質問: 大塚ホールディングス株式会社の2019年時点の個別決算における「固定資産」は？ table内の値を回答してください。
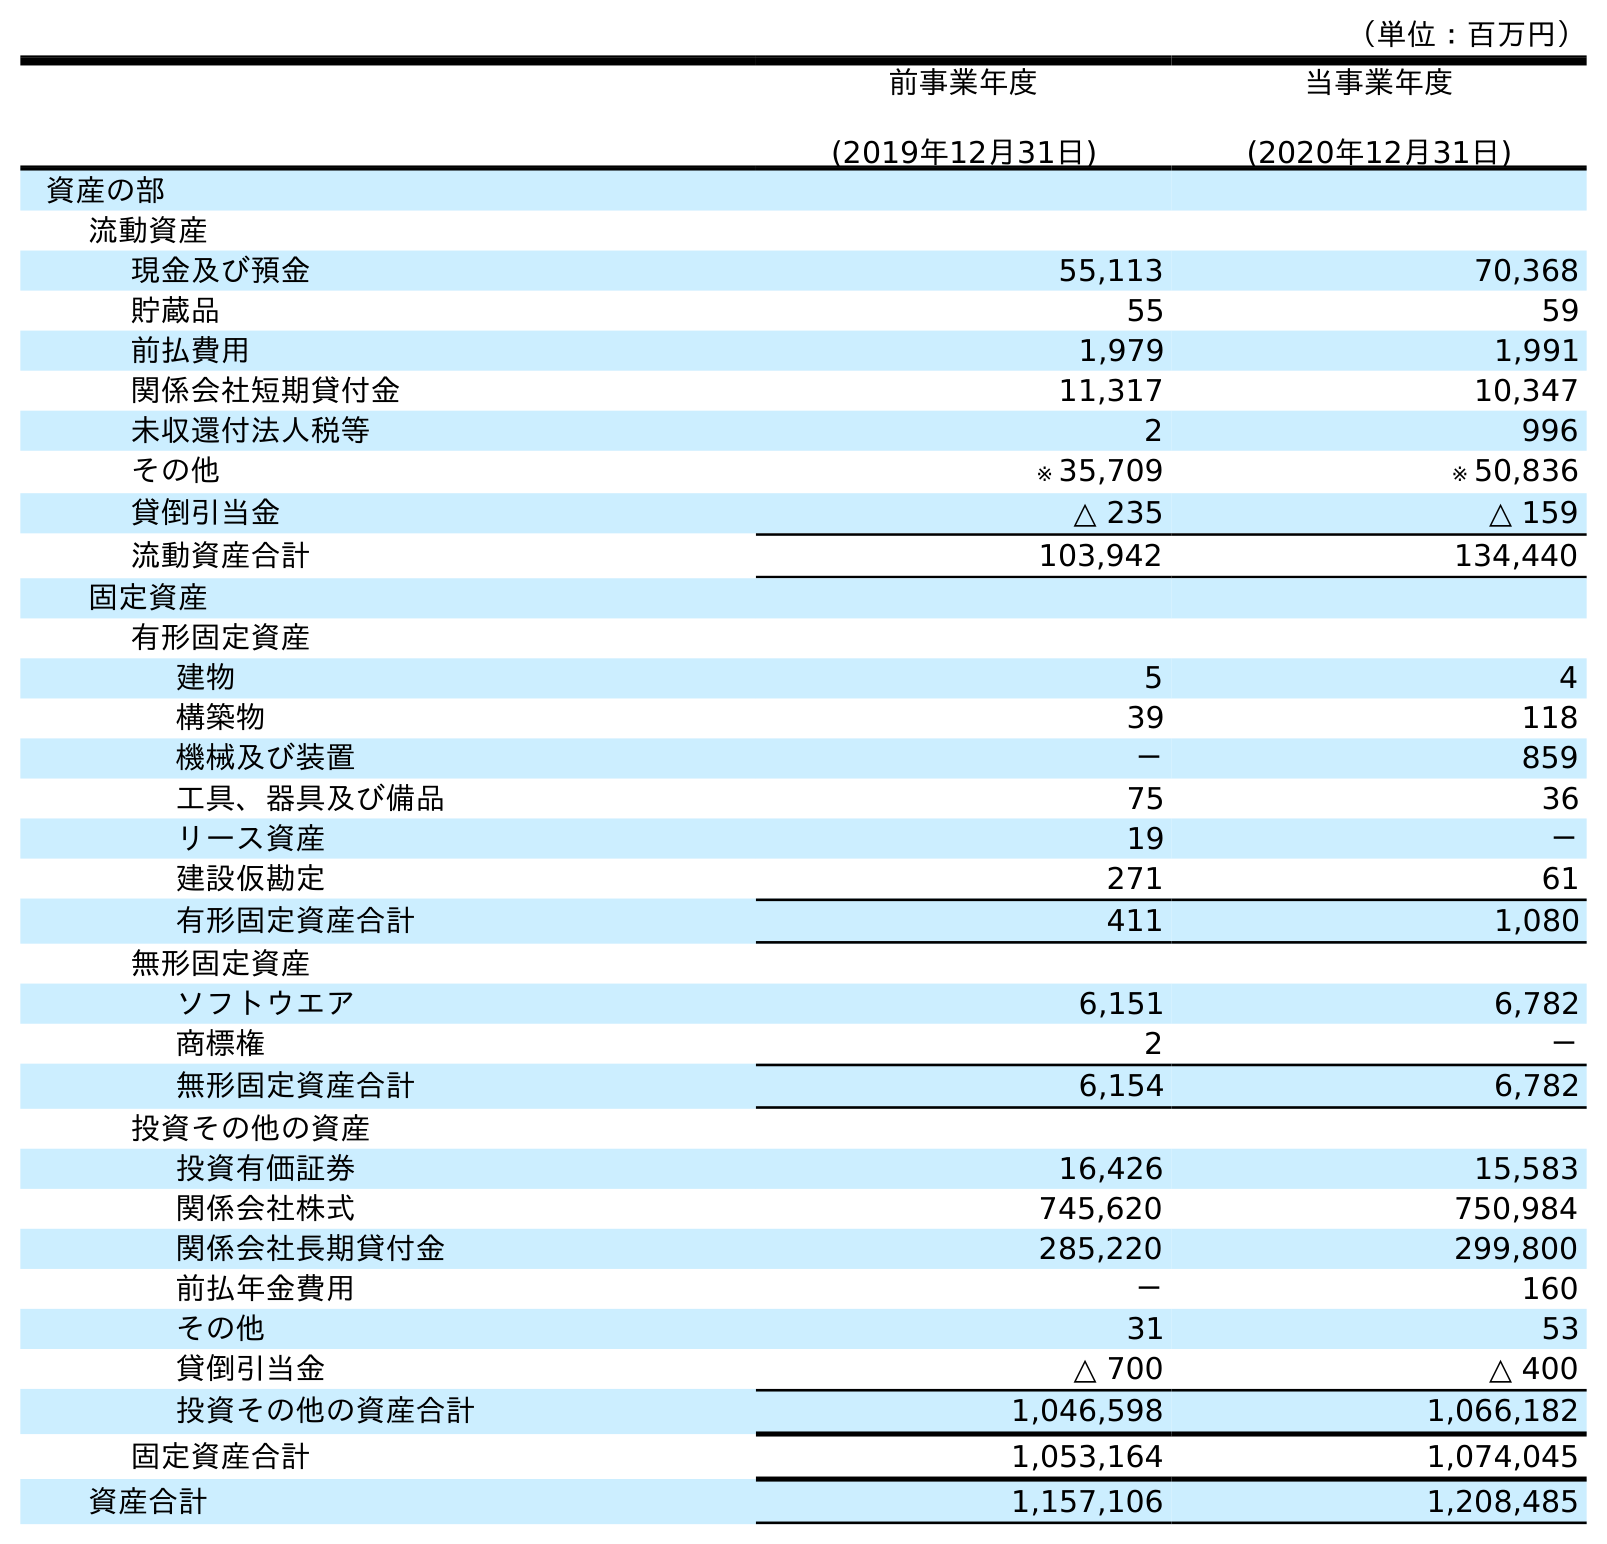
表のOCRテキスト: （単位：百万円） 前事業年度 (2019年12月31日) 当事業年度 (2020年12月31日) 資産の部 流動資産 現金及び預金 55,113 70,368 貯蔵品 55 59 前払費用 1,979 1,991 関係会社短期貸付金 11,317 10,347 未収還付法人税等 2 996 その他 ※ 35,709 ※ 50,836 貸倒引当金 △ 235 △ 159 流動資産合計 103,942 134,440 固定資産 有形固定資産 建物 5 4 構築物 39 118 機械及び装置 － 859 工具、器具及び備品 75 36 リース資産 19 － 建設仮勘定 271 61 有形固定資産合計 411 1,080 無形固定資産 ソフトウエア 6,151 6,782 商標権 2 － 無形固定資産合計 6,154 6,782 投資その他の資産 投資有価証券 16,426 15,583 関係会社株式 745,620 750,984 関係会社長期貸付金 285,220 299,800 前払年金費用 － 160 その他 31 53 貸倒引当金 △ 700 △ 400 投資その他の資産合計 1,046,598 1,066,182 固定資産合計 1,053,164 1,074,045 資産合計 1,157,106 1,208,485
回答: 1,053,164